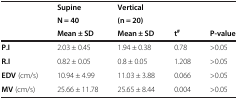
<table><thead><tr><td rowspan="3"></td><td><b>Supine</b></td><td><b>Vertical</b></td><td rowspan="2" colspan="2"></td></tr><tr><td><b>N = 40</b></td><td><b>(n = 20)</b></td></tr><tr><td><b>Mean ± SD</b></td><td><b>Mean ± SD</b></td><td><b>t<sup>#</sup></b></td><td><b>P-value</b></td></tr></thead><tbody><tr><td><b>P.I</b></td><td>2.03 ± 0.45</td><td>1.94 ± 0.38</td><td>0.78</td><td>&gt;0.05</td></tr><tr><td><b>R.I</b></td><td>0.82 ± 0.05</td><td>0.8 ± 0.05</td><td>1.208</td><td>&gt;0.05</td></tr><tr><td><b>EDV </b>(cm/s)</td><td>10.94 ± 4.99</td><td>11.03 ± 3.88</td><td>0.066</td><td>&gt;0.05</td></tr><tr><td><b>MV</b> (cm/s)</td><td>25.66 ± 11.78</td><td>25.65 ± 8.44</td><td>0.004</td><td>&gt;0.05</td></tr></tbody></table>